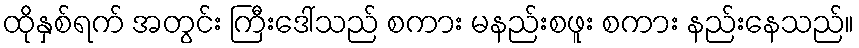
ထိုနှစ်ရက် အတွင်း ကြီးဒေါ်သည် စကား မနည်းစဖူး စကား နည်းနေသည်။